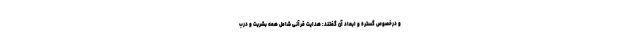
و درخصوص گستره و ابعاد آن گفتند: هدایت قرآنی شامل همه بشریت و درب